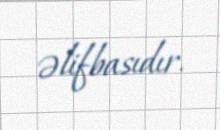
əlifbasıdır.